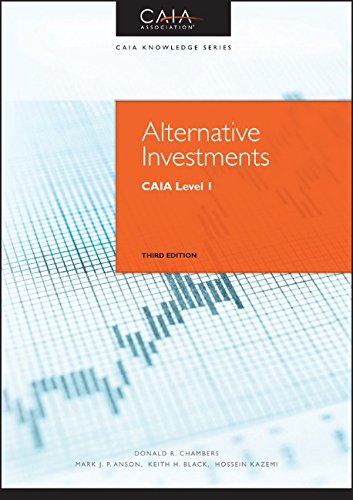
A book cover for Alternative Investments: CAIA Level I (Wiley Finance); Donald R. Chambers; Business & Money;